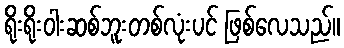
ရိုးရိုးဝါးဆစ်ဘူးတစ်လုံးပင် ဖြစ်လေသည်။